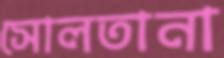
সোলতানা